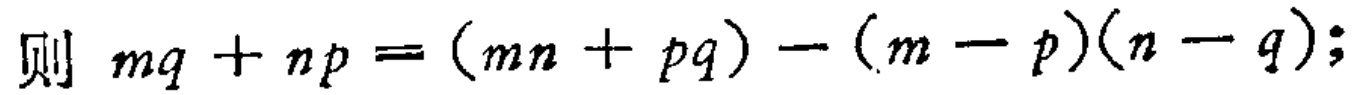
则 \(mq + np = (mn + pq) - (m - p)(n - q);\)